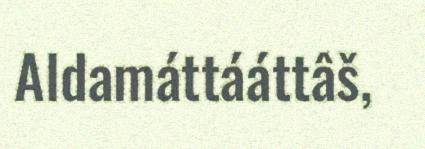
Aldamáttááttâš,